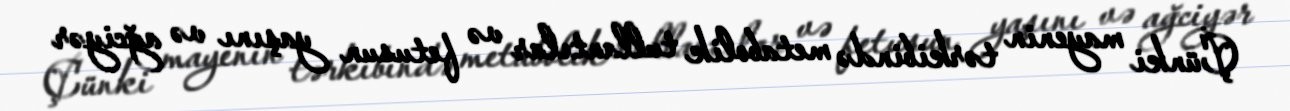
Çünki mayenin tərkibində metabolik tullantılar və fetusun yaşını və ağciyər